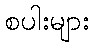
စပါးများ